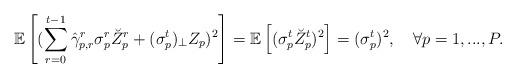
LaTeX: \begin{align*}\mathbb{E}\left[ (\sum_{r=0}^{t-1}\hat{\gamma}^r_{p,r}\sigma_p^{r}\breve{Z}_p^{r}+ (\sigma_p^t)_{\perp}Z_p)^2 \right] = \mathbb{E}\left[ (\sigma_p^t\breve{Z}_p^t)^2 \right]=(\sigma_p^t)^2,\quad\forall p=1,...,P.\end{align*}